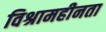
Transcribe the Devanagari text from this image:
विश्रामहीनता